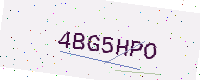
Text: 4BG5HPO